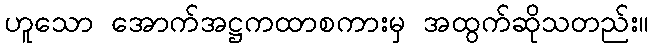
ဟူသော အောက်အဋ္ဌကထာစကားမှ အထွက်ဆိုသတည်း။